King Institute of Preventive Medicine Micro-Biological Section reports 1912-19
Year: 1912
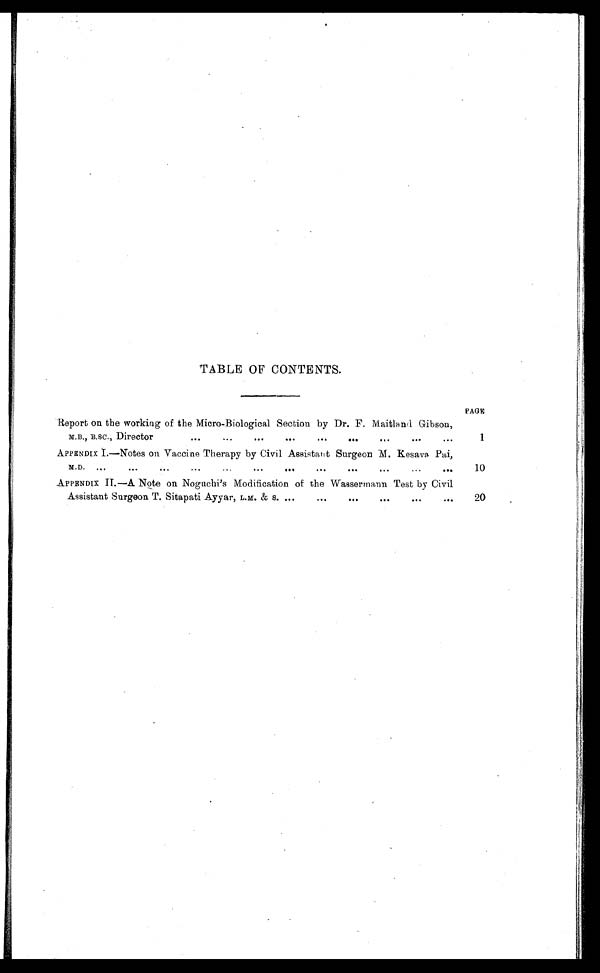
TABLE OF CONTENTS.
PAGE
Report on the working of the Micro-Biological Section by Dr. F. Maitland Gibson,
M.B., B.SC., Director
...
...
... ...
...
...
...
...
. . .
1
APPENDIX I.—Notes on Vaccine Therapy by Civil Assistant Surgeon M Kesava Pai,
M . D .
. . .
. . .
. . .
. . .
. . .
. . .
. . .
. . .
. . .
10
APPENDIX II.—A Note on Noguchi's Modification of the Wassermann Test by Civil
Assistant Surgeon T. Sitapati Ayyar, L.M. & s. ...
... ...
...
...
. . .
20